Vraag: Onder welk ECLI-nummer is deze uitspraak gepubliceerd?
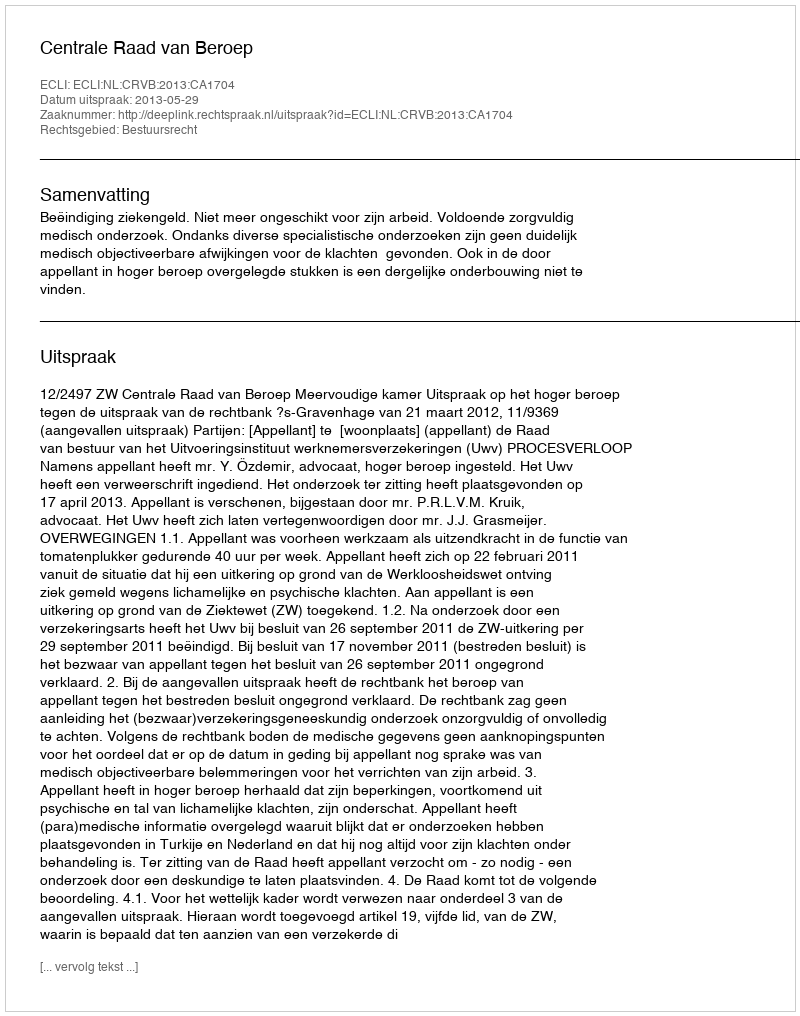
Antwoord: ECLI:NL:CRVB:2013:CA1704